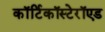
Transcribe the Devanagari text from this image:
कॉर्टिकॉस्टेरॉएड